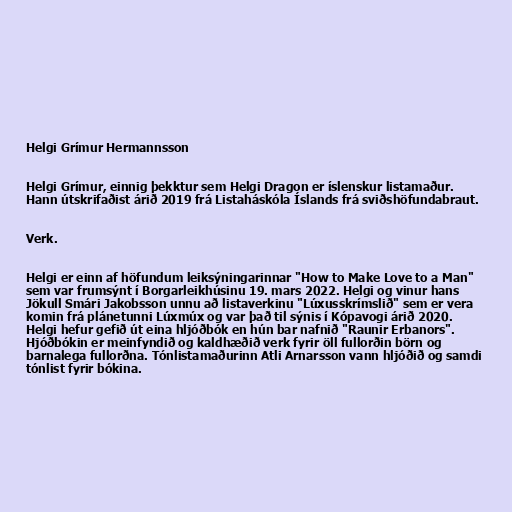
Helgi Grímur Hermannsson

Helgi Grímur, einnig þekktur sem Helgi Dragon er íslenskur listamaður.
Hann útskrifaðist árið 2019 frá Listaháskóla Íslands frá sviðshöfundabraut.

Verk.

Helgi er einn af höfundum leiksýningarinnar "How to Make Love to a Man"
sem var frumsýnt í Borgarleikhúsinu 19. mars 2022. Helgi og vinur hans
Jökull Smári Jakobsson unnu að listaverkinu "Lúxusskrímslið" sem er vera
komin frá plánetunni Lúxmúx og var það til sýnis í Kópavogi árið 2020.
Helgi hefur gefið út eina hljóðbók en hún bar nafnið "Raunir Erbanors".
Hjóðbókin er meinfyndið og kaldhæðið verk fyrir öll fullorðin börn og
barnalega fullorðna. Tónlistamaðurinn Atli Arnarsson vann hljóðið og samdi
tónlist fyrir bókina.